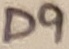
Text: D9